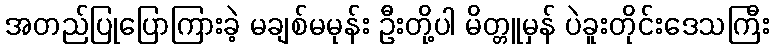
အတည်ပြုပြောကြားခဲ့ မချစ်မမုန်း ဦးတို့ပါ မိတ္တူမှန် ပဲခူးတိုင်းဒေသကြီး